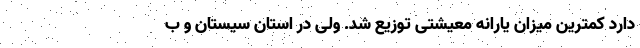
دارد کمترین میزان یارانه معیشتی توزیع شد. ولی در استان سیستان و ب